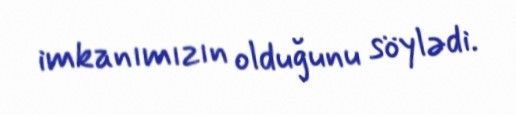
imkanımızın olduğunu söylədi.